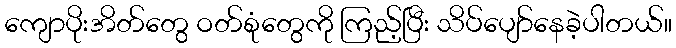
ကျောပိုးအိတ်တွေ ဝတ်စုံတွေကို ကြည့်ပြီး သိပ်ပျော်နေခဲ့ပါတယ်။